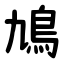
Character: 鳩